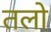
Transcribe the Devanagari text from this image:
तलो